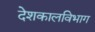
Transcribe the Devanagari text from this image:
देशकालविभाग